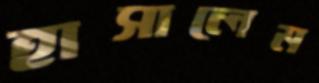
হাসালেম